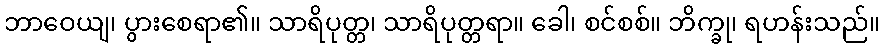
ဘာဝေယျ၊ ပွားစေရာ၏။ သာရိပုတ္တ၊ သာရိပုတ္တရာ။ ခေါ၊ စင်စစ်။ ဘိက္ခု၊ ရဟန်းသည်။